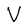
Character: V